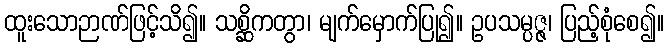
ထူးသောဉာဏ်ဖြင့်သိ၍။ သစ္ဆိကတွာ၊ မျက်မှောက်ပြု၍။ ဥပသမ္ပဇ္ဇ၊ ပြည့်စုံစေ၍။